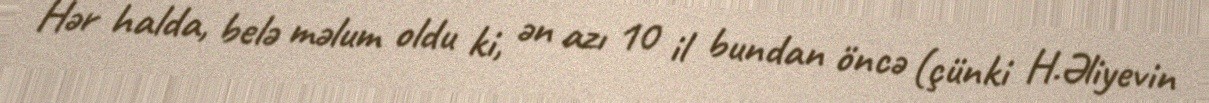
Hər halda, belə məlum oldu ki, ən azı 10 il bundan öncə (çünki H.Əliyevin